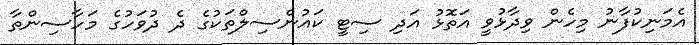
އެމަނިކުފާނު މިހެން ވިދާޅުވީ އަތޮޅު އަދި ސިޓީ ކައުންސިލްތަކުގެ ދެ ދުވަހުގެ މަހާސިންތާ